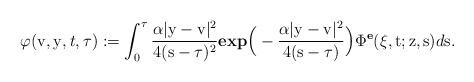
LaTeX: \begin{align*}\varphi(\mathrm{v},\mathrm{y},t, \tau) := \displaystyle\int_{0}^{\tau}\dfrac{\alpha |\mathrm{y}-\mathrm{v}| ^2}{4(\mathrm{s}-\tau)^2}\textbf{exp}\Big(-\dfrac{\alpha|\mathrm{y}-\mathrm{v}| ^2}{4(\mathrm{s}-\tau)}\Big)\Phi^{\textbf{e}}(\xi,\mathrm{t};\mathrm{z},\mathrm{s})d\mathrm{s}.\end{align*}